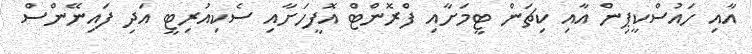
އާއި ހައުސްކީޕިން އާއި ކިޗަން ޓީމަށާއި ފްރޮންޓް އޮފީހަށާއި ސެކިއުރިޓީ އަދި ފައިނޭންސް